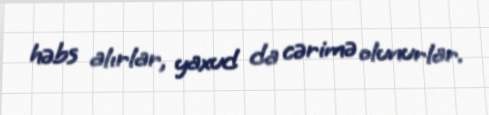
həbs alırlar, yaxud da cərimə olunurlar.